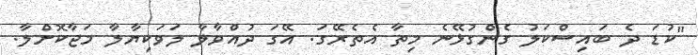
"ކުޑަ ދެ ބައިސްކަލު ގެންގުޅޭނެ މިތާ އެތެރޭގަ. އޭގަ ދުއްވާލާ ލަވަކިޔާލާ މަޖާކޮށްލާ.